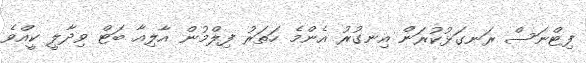
ފިޓްނަސް ރަނގަޅުކުރަން އިނގުރު އެންމެ ހަތަރު ފިލްމުން އާލިއާ ބަޓް ވިދާލީ ކީއްވެ